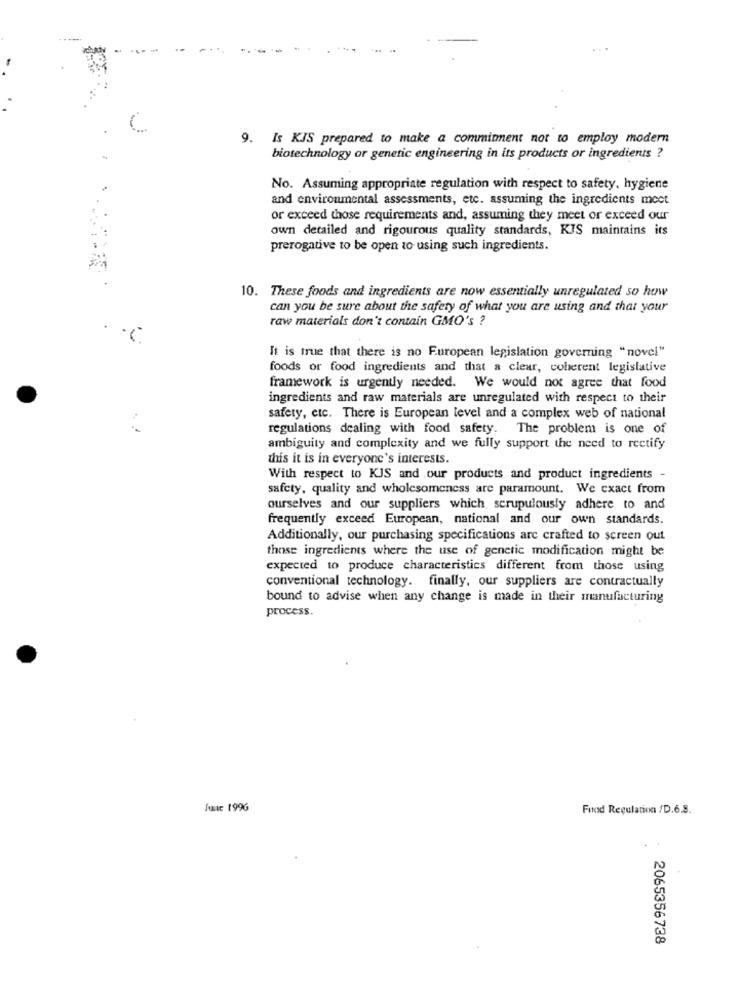
-.--
9.
Is KJS prepared to make a commitment not to employ modern
biotechnology or genetic engineering in its products or ingredients ?
No. Assuming appropriate regulation with respect to safety, hygiene
and environmental assessments, etc. assuming the ingredients meet
or exceed those requirements and, assuming they meet or exceed our
own detailed and rigourous quality standards, KIS maintains its
prerogative to be open to using such ingredients.
10. These foods and ingredients are now essentially unregulated so how
can you be sure about the safety of what you are using and that your
raw materials don't contain GMO's ?
It is true that there is no F.uropean legislation governing "novel"
foods or food ingredients and that a clear, coherent legislative
framework is urgently needed. We would not agree that food
ingredients and raw materials are unregulated with respect to their
safety, etc. There is European level and a complex web of national
regulations dealing with food safety. The problem is one of
ambiguity and complexity and we fully support the need to rectify
this it is in everyone's interests.
With respect to KJS and our products and product ingredients -
safety, quality and wholesomeness are paramount. We exact from
ourselves and our suppliers which scrupulously adhere to and
frequently exceed European, national and our own standards.
Additionally, our purchasing specifications are crafted to screen out
those ingredients where the use of genetic modification might be
expected to produce characteristics different from those using
conventional technology. finally, our suppliers are contractually
bound to advise when any change is made in their manufacturing
process.
Jutt 1996
Fund Regulation /D.6.8.
2065356738